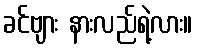
ခင်ဗျား နားလည်ရဲ့လား။